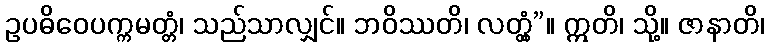
ဥပဓိဝေပက္ကမတ္တံ၊ သည်သာလျှင်။ ဘဝိဿတိ၊ လတ္တံ့”။ ဣတိ၊ သို့။ ဇာနာတိ၊